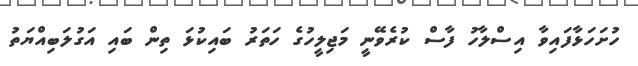
ހުށަހަޅާފައިވާ އިސްލާހު ފާސް ކުރެވޭނީ މަޖިލީހުގެ ހަތަރު ބައިކުޅަ ތިން ބައި އަގުލަބިއްޔަތު